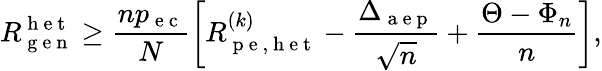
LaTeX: R_{\mathrm{~g~e~n~}}^{\mathrm{~h~e~t~}}\geq\frac{np_{\mathrm{~e~c~}}}{N}\left[R_{\mathrm{~p~e~,~h~e~t~}}^{(k)}-\frac{\Delta_{\mathrm{~a~e~p~}}}{\sqrt{n}}+\frac{\Theta-\Phi_{n}}{n}\right],